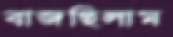
বাজছিলাম